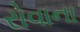
રોવાના